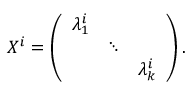
X ^ { i } = \left( \begin{array} { c c c } { { \lambda _ { 1 } ^ { i } } } & { { } } & { { } } \\ { { } } & { { \ddots } } & { { } } \\ { { } } & { { } } & { { \lambda _ { k } ^ { i } } } \end{array} \right) .